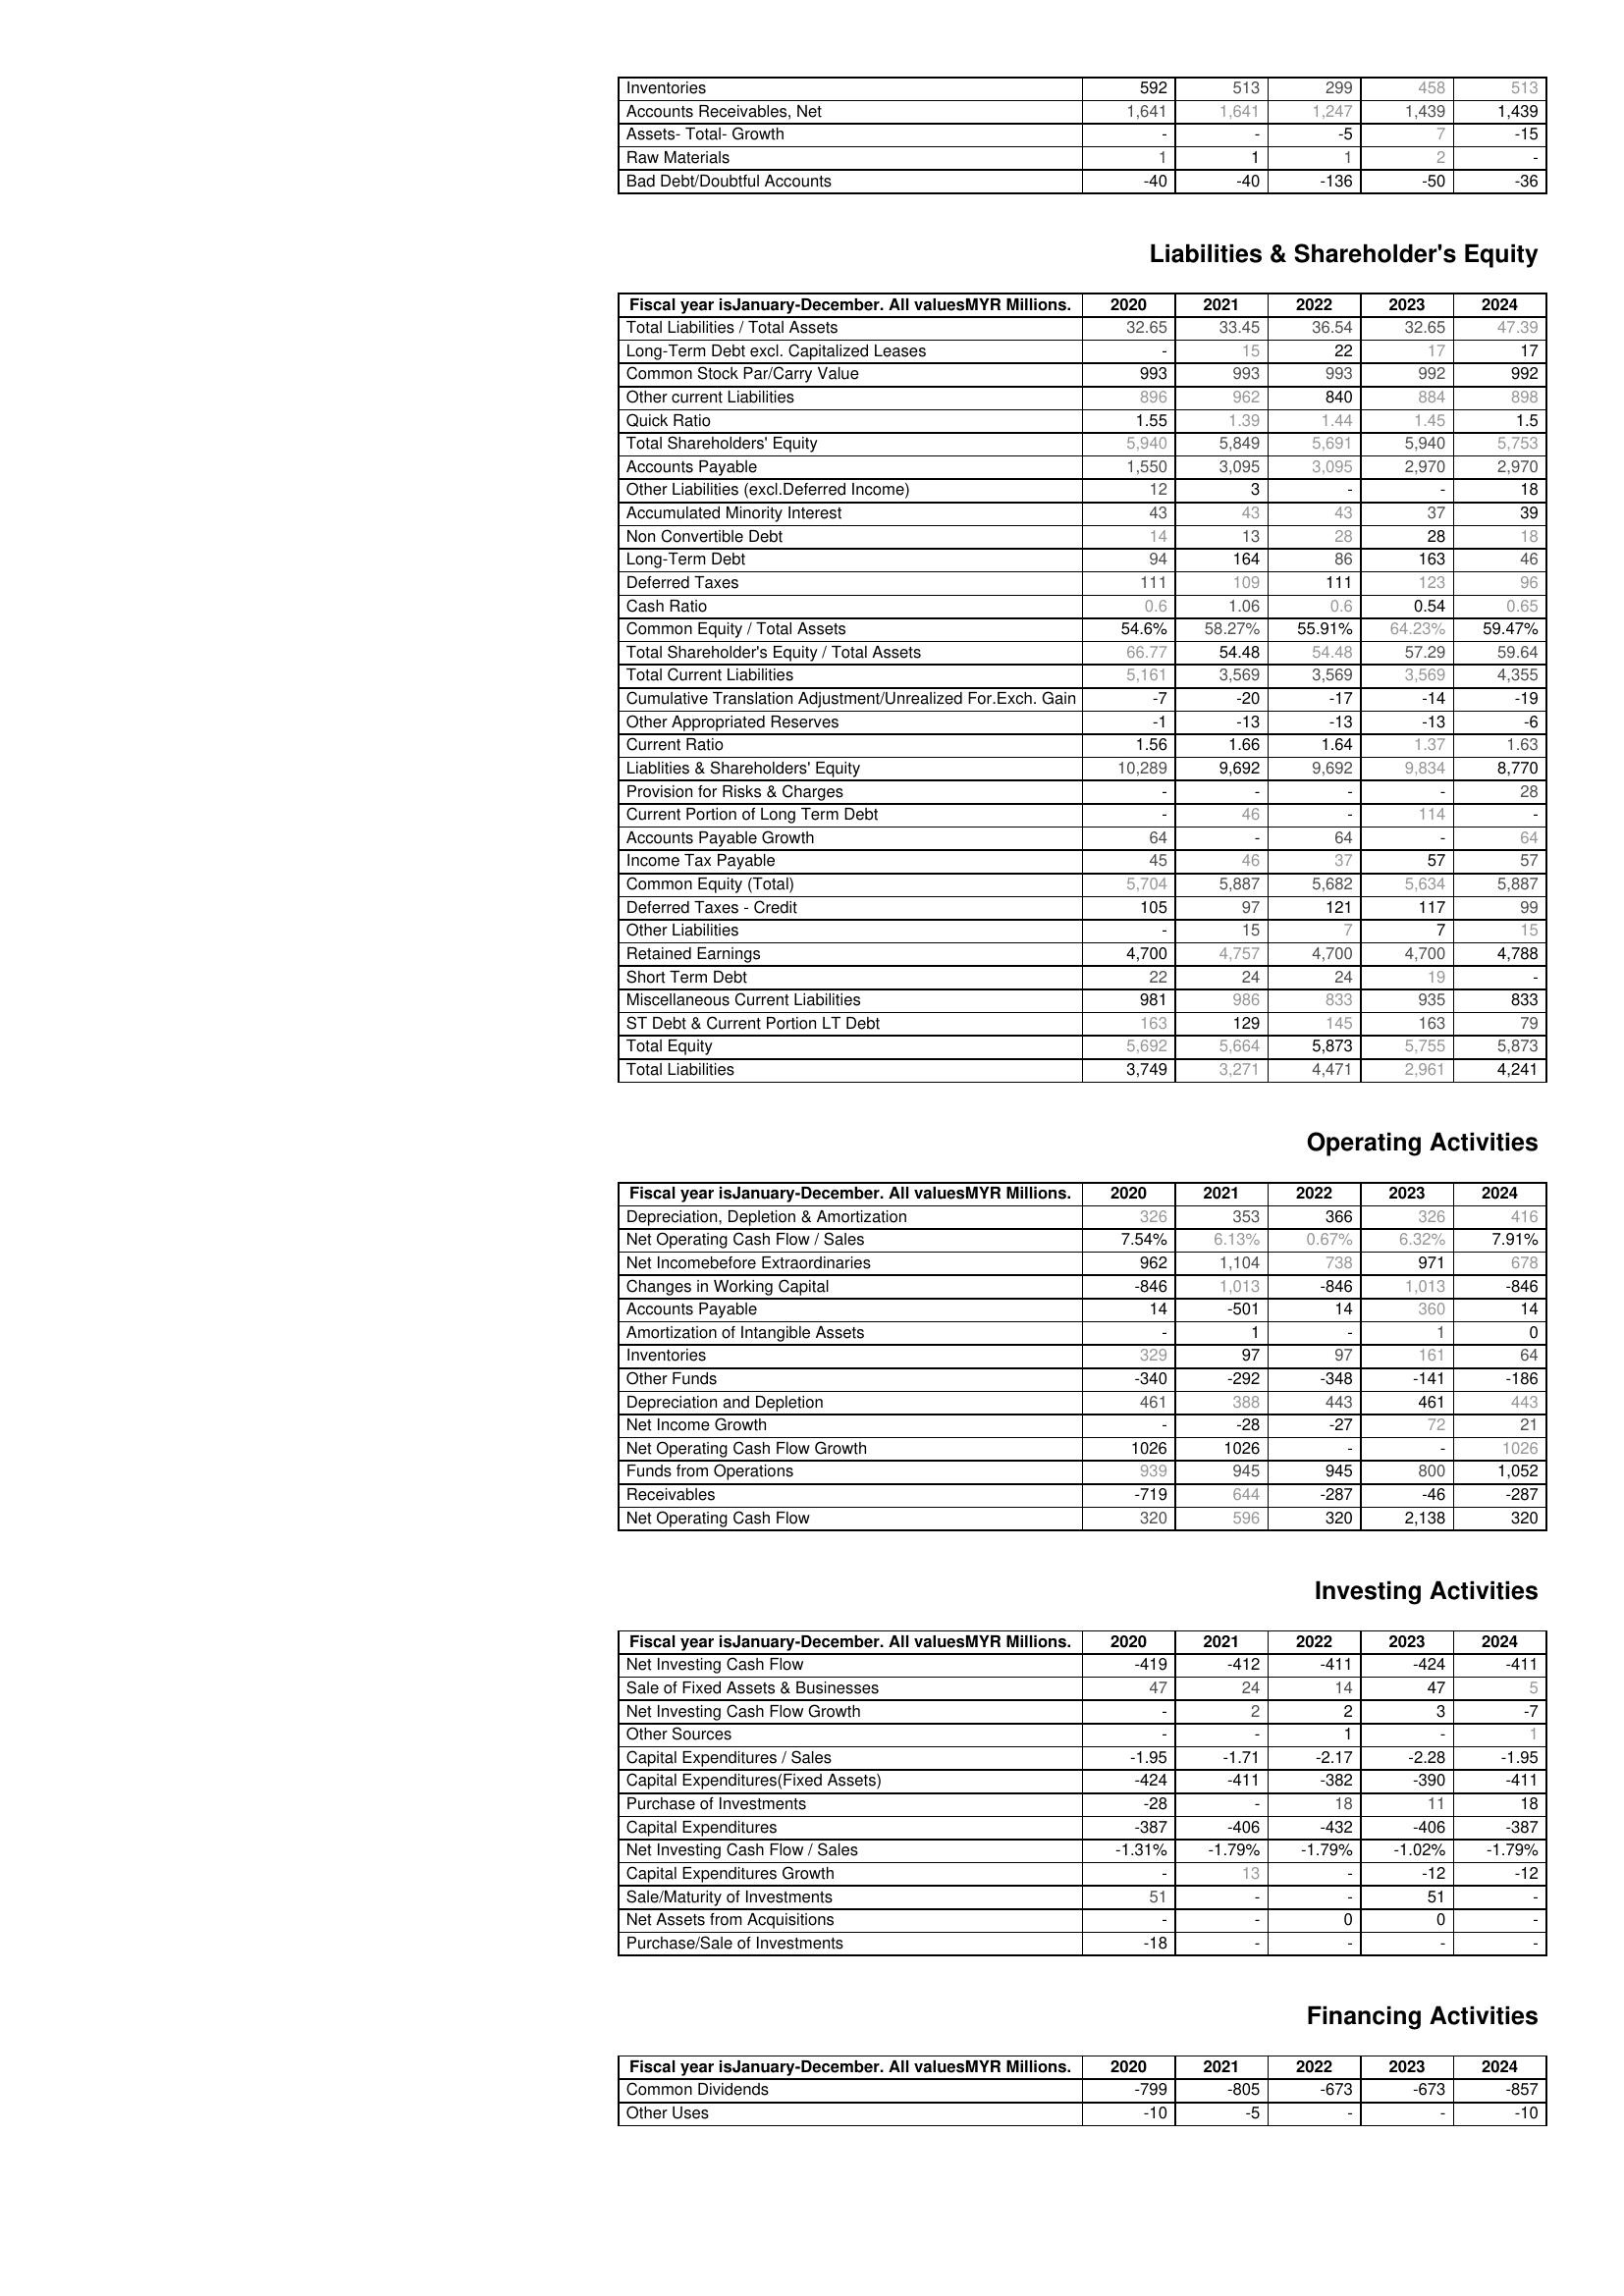
2020: Assets: Inventories: 592
Accounts Receivables, Net: 1,641
Assets- Total- Growth: -
Raw Materials: 1
Bad Debt/Doubtful Accounts: -40
Liabilities & Shareholder's Equity: Total Liabilities / Total Assets: 32.65
Long-Term Debt excl. Capitalized Leases: -
Common Stock Par/Carry Value: 993
Other current Liabilities: 896
Quick Ratio: 1.55
Total Shareholders' Equity: 5,940
Accounts Payable: 1,550
Other Liabilities (excl.Deferred Income): 12
Accumulated Minority Interest: 43
Non Convertible Debt: 14
Long-Term Debt: 94
Deferred Taxes: 111
Cash Ratio: 0.6
Common Equity / Total Assets: 54.6%
Total Shareholder's Equity / Total Assets: 66.77
Total Current Liabilities: 5,161
Cumulative Translation Adjustment/Unrealized For.Exch. Gain: -7
Other Appropriated Reserves: -1
Current Ratio: 1.56
Liablities & Shareholders' Equity: 10,289
Provision for Risks & Charges: -
Current Portion of Long Term Debt: -
Accounts Payable Growth: 64
Income Tax Payable: 45
Common Equity (Total): 5,704
Deferred Taxes - Credit: 105
Other Liabilities: -
Retained Earnings: 4,700
Short Term Debt: 22
Miscellaneous Current Liabilities: 981
ST Debt & Current Portion LT Debt: 163
Total Equity: 5,692
Total Liabilities: 3,749
Operating Activities: Depreciation, Depletion & Amortization: 326
Net Operating Cash Flow / Sales: 7.54%
Net Incomebefore Extraordinaries: 962
Changes in Working Capital: -846
Accounts Payable: 14
Amortization of Intangible Assets: -
Inventories: 329
Other Funds: -340
Depreciation and Depletion: 461
Net Income Growth: -
Net Operating Cash Flow Growth: 1026
Funds from Operations: 939
Receivables: -719
Net Operating Cash Flow: 320
Investing Activities: Net Investing Cash Flow: -419
Sale of Fixed Assets & Businesses: 47
Net Investing Cash Flow Growth: -
Other Sources: -
Capital Expenditures / Sales: -1.95
Capital Expenditures(Fixed Assets): -424
Purchase of Investments: -28
Capital Expenditures: -387
Net Investing Cash Flow / Sales: -1.31%
Capital Expenditures Growth: -
Sale/Maturity of Investments: 51
Net Assets from Acquisitions: -
Purchase/Sale of Investments: -18
Financing Activities: Common Dividends: -799
Other Uses: -10
2021: Assets: Inventories: 513
Accounts Receivables, Net: 1,641
Assets- Total- Growth: -
Raw Materials: 1
Bad Debt/Doubtful Accounts: -40
Liabilities & Shareholder's Equity: Total Liabilities / Total Assets: 33.45
Long-Term Debt excl. Capitalized Leases: 15
Common Stock Par/Carry Value: 993
Other current Liabilities: 962
Quick Ratio: 1.39
Total Shareholders' Equity: 5,849
Accounts Payable: 3,095
Other Liabilities (excl.Deferred Income): 3
Accumulated Minority Interest: 43
Non Convertible Debt: 13
Long-Term Debt: 164
Deferred Taxes: 109
Cash Ratio: 1.06
Common Equity / Total Assets: 58.27%
Total Shareholder's Equity / Total Assets: 54.48
Total Current Liabilities: 3,569
Cumulative Translation Adjustment/Unrealized For.Exch. Gain: -20
Other Appropriated Reserves: -13
Current Ratio: 1.66
Liablities & Shareholders' Equity: 9,692
Provision for Risks & Charges: -
Current Portion of Long Term Debt: 46
Accounts Payable Growth: -
Income Tax Payable: 46
Common Equity (Total): 5,887
Deferred Taxes - Credit: 97
Other Liabilities: 15
Retained Earnings: 4,757
Short Term Debt: 24
Miscellaneous Current Liabilities: 986
ST Debt & Current Portion LT Debt: 129
Total Equity: 5,664
Total Liabilities: 3,271
Operating Activities: Depreciation, Depletion & Amortization: 353
Net Operating Cash Flow / Sales: 6.13%
Net Incomebefore Extraordinaries: 1,104
Changes in Working Capital: 1,013
Accounts Payable: -501
Amortization of Intangible Assets: 1
Inventories: 97
Other Funds: -292
Depreciation and Depletion: 388
Net Income Growth: -28
Net Operating Cash Flow Growth: 1026
Funds from Operations: 945
Receivables: 644
Net Operating Cash Flow: 596
Investing Activities: Net Investing Cash Flow: -412
Sale of Fixed Assets & Businesses: 24
Net Investing Cash Flow Growth: 2
Other Sources: -
Capital Expenditures / Sales: -1.71
Capital Expenditures(Fixed Assets): -411
Purchase of Investments: -
Capital Expenditures: -406
Net Investing Cash Flow / Sales: -1.79%
Capital Expenditures Growth: 13
Sale/Maturity of Investments: -
Net Assets from Acquisitions: -
Purchase/Sale of Investments: -
Financing Activities: Common Dividends: -805
Other Uses: -5
2022: Assets: Inventories: 299
Accounts Receivables, Net: 1,247
Assets- Total- Growth: -5
Raw Materials: 1
Bad Debt/Doubtful Accounts: -136
Liabilities & Shareholder's Equity: Total Liabilities / Total Assets: 36.54
Long-Term Debt excl. Capitalized Leases: 22
Common Stock Par/Carry Value: 993
Other current Liabilities: 840
Quick Ratio: 1.44
Total Shareholders' Equity: 5,691
Accounts Payable: 3,095
Other Liabilities (excl.Deferred Income): -
Accumulated Minority Interest: 43
Non Convertible Debt: 28
Long-Term Debt: 86
Deferred Taxes: 111
Cash Ratio: 0.6
Common Equity / Total Assets: 55.91%
Total Shareholder's Equity / Total Assets: 54.48
Total Current Liabilities: 3,569
Cumulative Translation Adjustment/Unrealized For.Exch. Gain: -17
Other Appropriated Reserves: -13
Current Ratio: 1.64
Liablities & Shareholders' Equity: 9,692
Provision for Risks & Charges: -
Current Portion of Long Term Debt: -
Accounts Payable Growth: 64
Income Tax Payable: 37
Common Equity (Total): 5,682
Deferred Taxes - Credit: 121
Other Liabilities: 7
Retained Earnings: 4,700
Short Term Debt: 24
Miscellaneous Current Liabilities: 833
ST Debt & Current Portion LT Debt: 145
Total Equity: 5,873
Total Liabilities: 4,471
Operating Activities: Depreciation, Depletion & Amortization: 366
Net Operating Cash Flow / Sales: 0.67%
Net Incomebefore Extraordinaries: 738
Changes in Working Capital: -846
Accounts Payable: 14
Amortization of Intangible Assets: -
Inventories: 97
Other Funds: -348
Depreciation and Depletion: 443
Net Income Growth: -27
Net Operating Cash Flow Growth: -
Funds from Operations: 945
Receivables: -287
Net Operating Cash Flow: 320
Investing Activities: Net Investing Cash Flow: -411
Sale of Fixed Assets & Businesses: 14
Net Investing Cash Flow Growth: 2
Other Sources: 1
Capital Expenditures / Sales: -2.17
Capital Expenditures(Fixed Assets): -382
Purchase of Investments: 18
Capital Expenditures: -432
Net Investing Cash Flow / Sales: -1.79%
Capital Expenditures Growth: -
Sale/Maturity of Investments: -
Net Assets from Acquisitions: 0
Purchase/Sale of Investments: -
Financing Activities: Common Dividends: -673
Other Uses: -
2023: Assets: Inventories: 458
Accounts Receivables, Net: 1,439
Assets- Total- Growth: 7
Raw Materials: 2
Bad Debt/Doubtful Accounts: -50
Liabilities & Shareholder's Equity: Total Liabilities / Total Assets: 32.65
Long-Term Debt excl. Capitalized Leases: 17
Common Stock Par/Carry Value: 992
Other current Liabilities: 884
Quick Ratio: 1.45
Total Shareholders' Equity: 5,940
Accounts Payable: 2,970
Other Liabilities (excl.Deferred Income): -
Accumulated Minority Interest: 37
Non Convertible Debt: 28
Long-Term Debt: 163
Deferred Taxes: 123
Cash Ratio: 0.54
Common Equity / Total Assets: 64.23%
Total Shareholder's Equity / Total Assets: 57.29
Total Current Liabilities: 3,569
Cumulative Translation Adjustment/Unrealized For.Exch. Gain: -14
Other Appropriated Reserves: -13
Current Ratio: 1.37
Liablities & Shareholders' Equity: 9,834
Provision for Risks & Charges: -
Current Portion of Long Term Debt: 114
Accounts Payable Growth: -
Income Tax Payable: 57
Common Equity (Total): 5,634
Deferred Taxes - Credit: 117
Other Liabilities: 7
Retained Earnings: 4,700
Short Term Debt: 19
Miscellaneous Current Liabilities: 935
ST Debt & Current Portion LT Debt: 163
Total Equity: 5,755
Total Liabilities: 2,961
Operating Activities: Depreciation, Depletion & Amortization: 326
Net Operating Cash Flow / Sales: 6.32%
Net Incomebefore Extraordinaries: 971
Changes in Working Capital: 1,013
Accounts Payable: 360
Amortization of Intangible Assets: 1
Inventories: 161
Other Funds: -141
Depreciation and Depletion: 461
Net Income Growth: 72
Net Operating Cash Flow Growth: -
Funds from Operations: 800
Receivables: -46
Net Operating Cash Flow: 2,138
Investing Activities: Net Investing Cash Flow: -424
Sale of Fixed Assets & Businesses: 47
Net Investing Cash Flow Growth: 3
Other Sources: -
Capital Expenditures / Sales: -2.28
Capital Expenditures(Fixed Assets): -390
Purchase of Investments: 11
Capital Expenditures: -406
Net Investing Cash Flow / Sales: -1.02%
Capital Expenditures Growth: -12
Sale/Maturity of Investments: 51
Net Assets from Acquisitions: 0
Purchase/Sale of Investments: -
Financing Activities: Common Dividends: -673
Other Uses: -
2024: Assets: Inventories: 513
Accounts Receivables, Net: 1,439
Assets- Total- Growth: -15
Raw Materials: -
Bad Debt/Doubtful Accounts: -36
Liabilities & Shareholder's Equity: Total Liabilities / Total Assets: 47.39
Long-Term Debt excl. Capitalized Leases: 17
Common Stock Par/Carry Value: 992
Other current Liabilities: 898
Quick Ratio: 1.5
Total Shareholders' Equity: 5,753
Accounts Payable: 2,970
Other Liabilities (excl.Deferred Income): 18
Accumulated Minority Interest: 39
Non Convertible Debt: 18
Long-Term Debt: 46
Deferred Taxes: 96
Cash Ratio: 0.65
Common Equity / Total Assets: 59.47%
Total Shareholder's Equity / Total Assets: 59.64
Total Current Liabilities: 4,355
Cumulative Translation Adjustment/Unrealized For.Exch. Gain: -19
Other Appropriated Reserves: -6
Current Ratio: 1.63
Liablities & Shareholders' Equity: 8,770
Provision for Risks & Charges: 28
Current Portion of Long Term Debt: -
Accounts Payable Growth: 64
Income Tax Payable: 57
Common Equity (Total): 5,887
Deferred Taxes - Credit: 99
Other Liabilities: 15
Retained Earnings: 4,788
Short Term Debt: -
Miscellaneous Current Liabilities: 833
ST Debt & Current Portion LT Debt: 79
Total Equity: 5,873
Total Liabilities: 4,241
Operating Activities: Depreciation, Depletion & Amortization: 416
Net Operating Cash Flow / Sales: 7.91%
Net Incomebefore Extraordinaries: 678
Changes in Working Capital: -846
Accounts Payable: 14
Amortization of Intangible Assets: 0
Inventories: 64
Other Funds: -186
Depreciation and Depletion: 443
Net Income Growth: 21
Net Operating Cash Flow Growth: 1026
Funds from Operations: 1,052
Receivables: -287
Net Operating Cash Flow: 320
Investing Activities: Net Investing Cash Flow: -411
Sale of Fixed Assets & Businesses: 5
Net Investing Cash Flow Growth: -7
Other Sources: 1
Capital Expenditures / Sales: -1.95
Capital Expenditures(Fixed Assets): -411
Purchase of Investments: 18
Capital Expenditures: -387
Net Investing Cash Flow / Sales: -1.79%
Capital Expenditures Growth: -12
Sale/Maturity of Investments: -
Net Assets from Acquisitions: -
Purchase/Sale of Investments: -
Financing Activities: Common Dividends: -857
Other Uses: -10